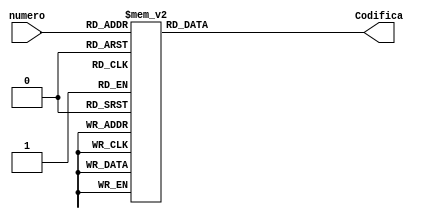
`timescale 1ns / 1ps
//////////////////////////////////////////////////////////////////////////////////
// Company: 
// Engineer: 
// 
// Design Name: 
// Module Name:    Codificadorsietesegmentos 
// Project Name: 
// Target Devices: 
// Tool versions: 
// Description: 
//
// Dependencies: 
//
// Revision: 
// Revision 0.01 - File Created
// Additional Comments: 
//
//////////////////////////////////////////////////////////////////////////////////
module Codificadorsietesegmentos(numero,Codifica);
		
		input [3:0] numero;
      output reg [6:0] Codifica;
		
		reg[6:0] Codificar;

		always@(*)
				begin 
				case(numero)
															/*   abcdefg*/
								4'b0000 : Codificar  = 7'b0000001;//0
								4'b0001 : Codificar  = 7'b1001111;//1
								4'b0010 : Codificar  = 7'b0010010;//2
								4'b0011 : Codificar  = 7'b0000110;//3
								4'b0100 : Codificar  = 7'b1001100;//4
								4'b0101 : Codificar  = 7'b0100100;//5
								4'b0110 : Codificar  = 7'b0100000;//6
								4'b0111 : Codificar  = 7'b0001111;//7
								4'b1000 : Codificar  = 7'b0000000;//8
								4'b1001 : Codificar  = 7'b0000100;//9
								default Codificar =7'bxxxxxxx;				
				endcase	
				
				Codifica = Codificar;
				
			end			

endmodule